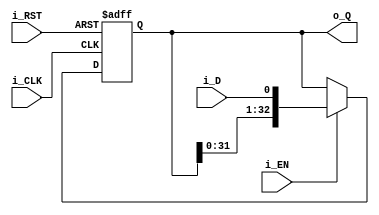
module shift_in_reg #(
        parameter DATA_WIDTH = 32 //32 for data contents, extra holding bit NOT included
    ) (
    // Wishbone Slave ports (WB MI A)
    input wire i_CLK, //Clock
    input wire i_RST, //Asynchronous reset
    input wire i_EN,  //Enable to shift left by 1
    input wire i_D, //serial input, MSB first, LSB last of full data
    output reg [DATA_WIDTH:0] o_Q //parallel data output of full shifted value
    );

    always @(posedge i_CLK, posedge i_RST) begin
        if(i_RST) begin //Asynch reset
            o_Q <= 1; //LSB = 1 to stop enable when in MSB
        end 
        else if(i_EN) begin //if i_EN asserted, shift o_Q left 1 bit, and i_D into LSB
            o_Q <= {o_Q[DATA_WIDTH - 1: 0], i_D};
        end
        else 
            o_Q <= o_Q; //no shift if i_EN = '0', probably optimized out
    end

endmodule
`default_nettype wire